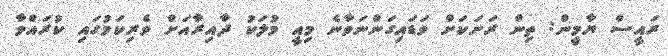
ރައީސް ޔާމީން: ތިން ރަށަކަށް ވަޑައިގަންނަވާނެ މިއީ މުލަކު ދާއިރާއަށް ވެރިކަމުގައި ކުރައްވާ